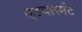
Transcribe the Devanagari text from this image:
ऐडवांस्मेंट